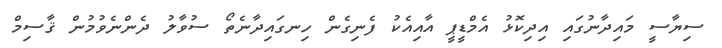
ސިޔާސީ މައިދާނުގައި އިދިކޮޅު އެމްޑީޕީ އާއިއެކު ފެނިގެން ހިނގައިދާނެތޯ ސުވާލު ދެންނެވުމުން ޤާސިމް